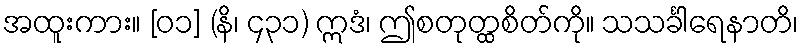
အထူးကား။ [၀၁] (နိ၊ ၄၃၁) ဣဒံ၊ ဤစတုတ္ထစိတ်ကို။ သသင်္ခါရေနာတိ၊